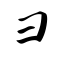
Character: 彐